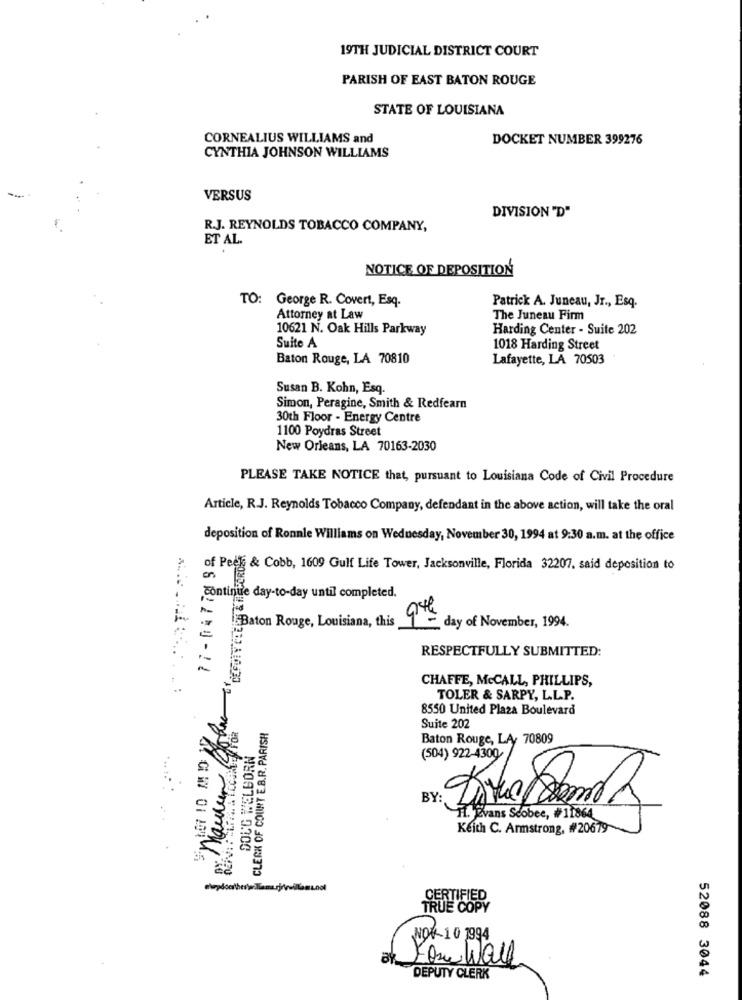
19TH JUDICIAL DISTRICT COURT
PARISH OF EAST BATON ROUGE
STATE OF LOUISIANA
CORNEALIUS WILLIAMS and
DOCKET NUMBER 399276
CYNTHIA JOHNSON WILLIAMS
VERSUS
DIVISION "D"
R.J. REYNOLDS TOBACCO COMPANY,
ET AL
NOTICE OF DEPOSITION
TO: George R. Covert, Esq.
Patrick A. Juneau, Jr ., Esq.
Attorney at Law
The Juneau Firm
10621 N. Oak Hills Parkway
Harding Center - Suite 202
Suite A
1018 Harding Street
Baton Rouge, LA 70810
Lafayette, LA 70503
Susan B. Kohn, Esq.
Simon, Peragine, Smith & Redfearn
30th Floor - Energy Centre
1100 Poydras Street
New Orleans, LA 70163-2030
PLEASE TAKE NOTICE that, pursuant to Louisiana Code of Civil Procedure
Article, R.J. Reynolds Tobacco Company, defendant in the above action, will take the oral
deposition of Ronnle Williams on Wednesday, November 30, 1994 at 9:30 a.m. at the office
of Peek & Cobb, 1609 Gulf Life Tower, Jacksonville, Florida 32207, said deposition to
continue day-to-day until completed.
Baton Rouge, Louisiana, this
day of November, 1994.
RESPECTFULLY SUBMITTED:
CHAFFE, McCALL, PHILLIPS,
TOLER & SARPY, L.L.P.
8550 United Plaza Boulevard
CLERK OF COUNT E.B.R. PARISH
Suite 202
Baton Rouge, LA, 70809
DOUG WELBORN
(504) 922-4300
HI. Evans Scobee, #11864
Keith C. Armstrong, #20679
TRUE COPY
NOV 10 1994
You Wall
52088 3044
DEPUTY CLERK